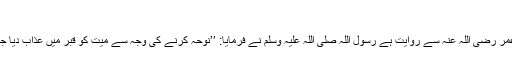
104)
سیدنا عمر رضی اللہ عنہ سے روایت ہے رسول اللہ صلی اللہ علیہ وسلم نے فرمایا: ’’نوحہ کرنے کی وجہ سے میت کو قبر میں عذاب دیا جاتا ہے۔